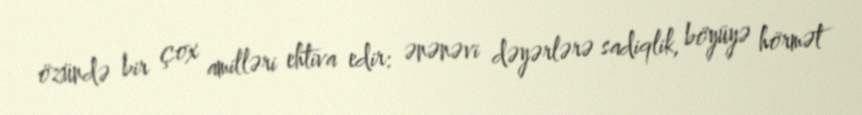
özündə bir çox amilləri ehtiva edir: ənənəvi dəyərlərə sadiqlik, böyüyə hörmət